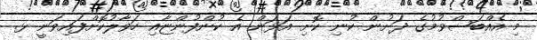
މި އެއްބަސްވުމުގެ ދަށުން ކުނި ކޮށި އަޅަން އެ ކުންފުންޏާއި ހަވާލުކޮށްފައިވަނީ ޅ.